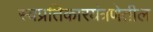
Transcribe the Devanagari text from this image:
स्वप्रतिकारयंत्रणेतील